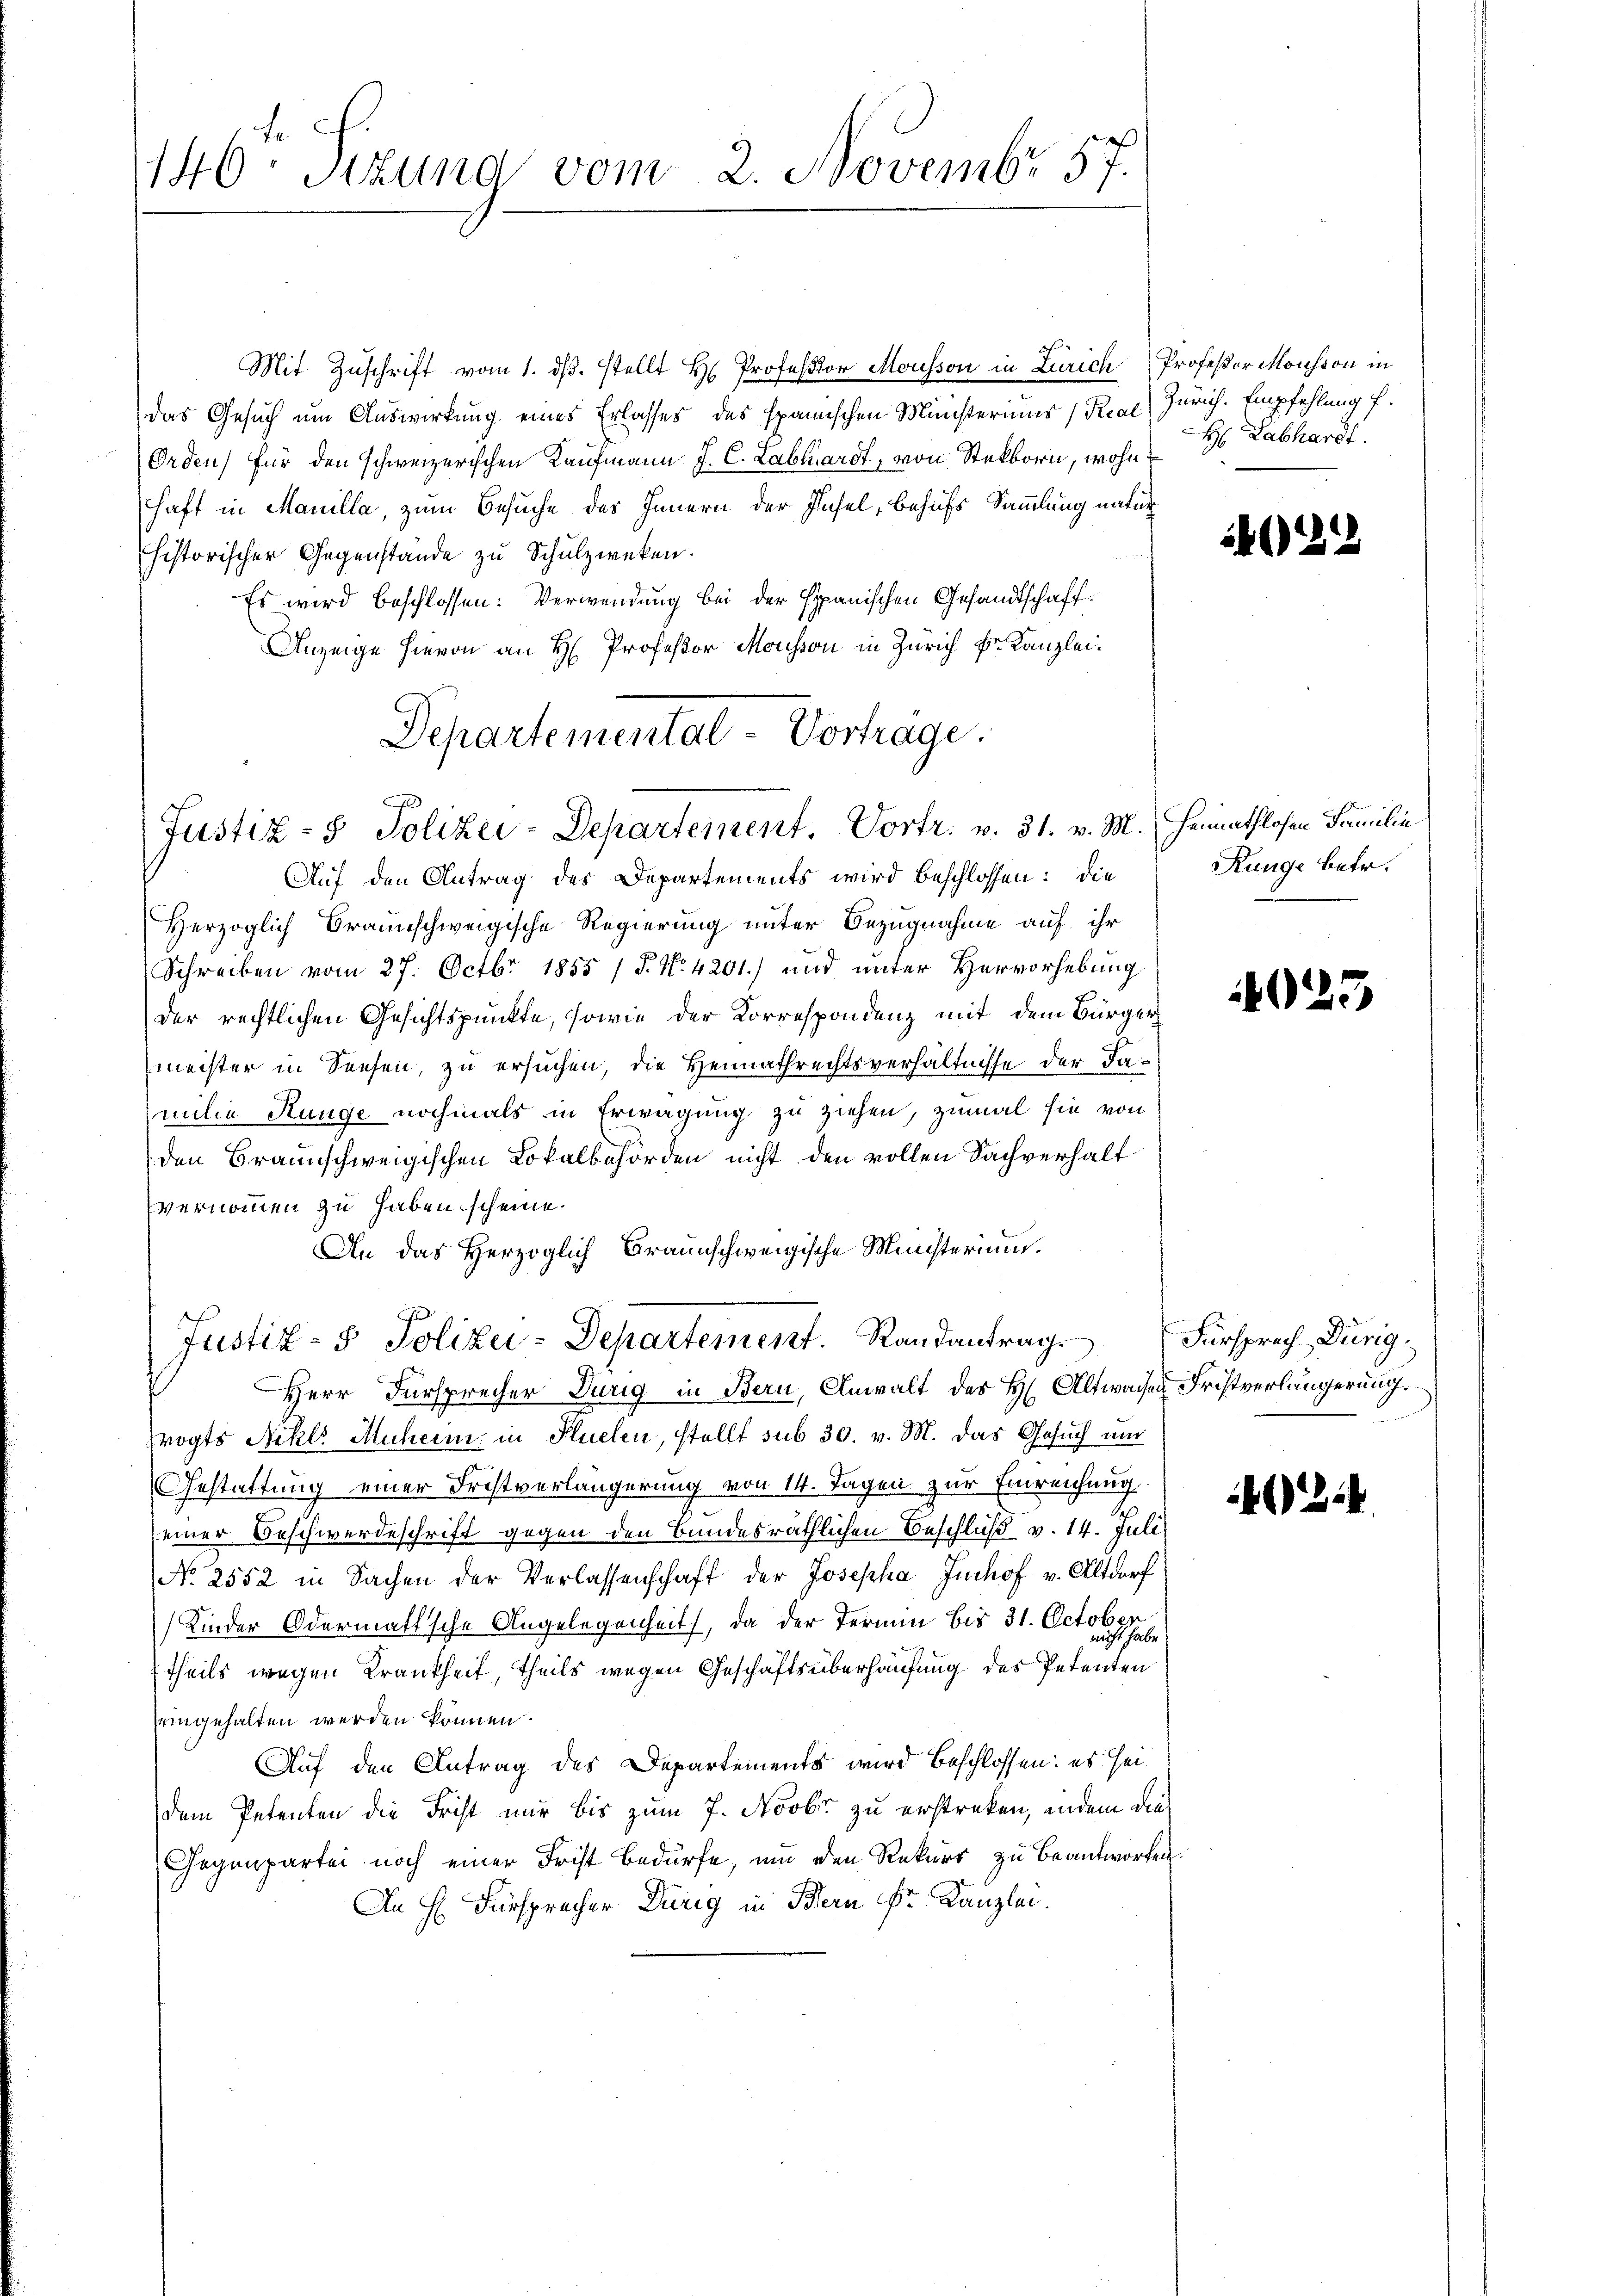
146. Sizung vom 2. Novembr 57.

Mit Zuschrift vom 1. dβ. stellt H. Professor Mousson in Zürich Professor Monsion in
das Gesuch um Auswirkung eines Erlasses des spanischen Ministeriums (Real) Zürich. Empfehlung f.
Orden, für den schweizerischen Kaufmann J. C. Labhardt, von Steckborn, wohnhaft in Marilla, zum Besuche des Innern der Insel, behufs Sammlung natur
historischer Gegenstände zu Schulzweken.
Es wird beschlossen: Verwendung bei der spanischen Gesandtschaff¬
Anzeige hievon an H. Professor Mousson in Zürich Dr. Kanzlei¬
Departemental-Vortrage.

Justiz- & Polizei-Departement. Vortr. v. 31. v. M. Heimathlosen Familie

Justiz- & Polizei-Departement. Randantrag

Auf den Antrag des Departements wird beschlossen: die
Herzoglich Braunschweigische Regierung unter Bezugnahme auf ihr
Schreiben vom 27. Octbr. 1855 / P. No 4201) und unter Hervorhebung
der rechtlichen Gesichtspunkte, sowie der Korrespondenz mit dem Bürger
meister in Sachen, zu ersuchen, die Heimathrechtsverhältnisse der Familie Hunge nochmals in Erwägung zu ziehen, zumal sie von
den Braunschweigischen Lokalbehörden nicht den vollen Sachverhalt
vernommen zu haben scheine.
An das Herzoglich Braunschweigische Ministerium.
Herr Fürsprecher Durig in Bern, Anwalt des H. Altwachen Fristverlängerung.
ogts Nikl. Muheim in Flüelen, stellt sub 30. v. M. das Gesuch und
Gestattung einer Fristverlängerung von 14. Tagen zur Einreichung.
seiner Beschwerdeschrift gegen den Bundesräthlichen Beschluß v. 14. Juli
No 2552 in Sachen der Verlassenschaft der Josepha Imhof v. Altdorf
Kinder Odermalische Angelegenheit, da der Termin bis 31. Octob
theils wegen Krankheit, theils wegen Geschäftsüberhausung des Petenten
eingehalten werden können.
Auf den Antrag des Departements wird beschlossen: es sei
dem Petenten die Frist nur bis zum 7. Novbr zu erstreken, indem die
Gegenpartei noch einer Frist bedürfe, um den Rekurs zu beantworten.
An H. Fürsprecher Dürig in Bern Fr. Kanzlei.

H: Labhardt.

22

Runge betr.

1025

Fürsprech Dürig

2